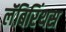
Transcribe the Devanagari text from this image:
लॅबिरिंथस